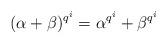
LaTeX: \begin{align*}(\alpha+\beta)^{q^i}=\alpha^{q^i}+\beta^{q^i}\end{align*}